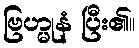
ဗြဟ္မုနံ ပြီး၏။